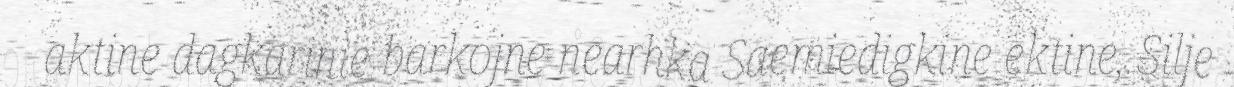
aktine dagkarinie barkojne nearhka Saemiedigkine ektine, Silje